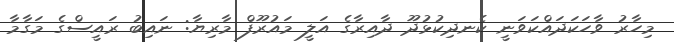
މިހާރު ވާހަކަދައްކަވަނީ ކެނދިކުޅުދޫ ދާއިރާގެ އަލީ މައުރޫފް މާރިޔާ: ނައިބު ރައީސްގެ މަގާމާ